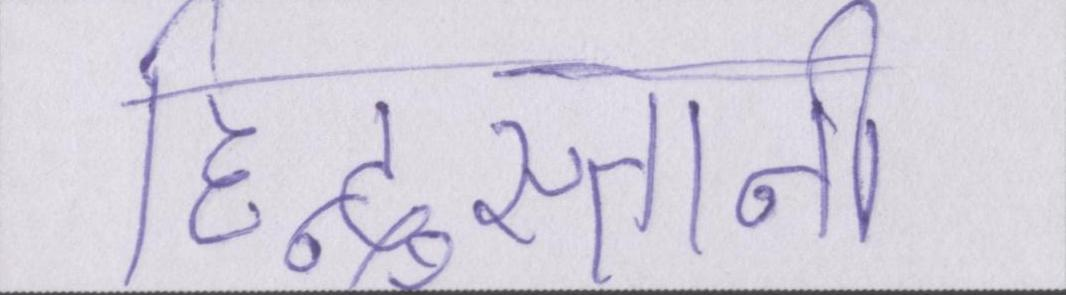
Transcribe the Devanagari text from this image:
हिन्दुस्तानी